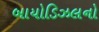
બાયોડિઝલનો